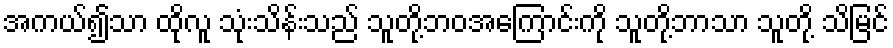
အကယ်၍သာ ထိုလူ သုံးသိန်းသည် သူတို့ဘဝအကြောင်းကို သူတို့ဘာသာ သူတို့ သိမြင်